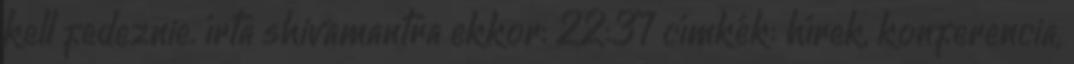
kell fedeznie. írta shivamantra ekkor: 22:37 címkék: hírek, konferencia,